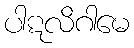
ပါဋလိဂါမေ